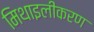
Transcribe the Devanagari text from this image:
मिथाइलीकरण